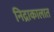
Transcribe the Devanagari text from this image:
निद्राकालात